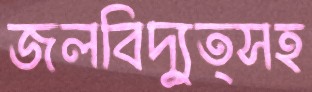
জলবিদ্যুত্সহ